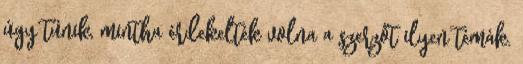
úgy tűnik, mintha érdekelték volna a szerzőt ilyen témák.